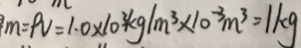
m = P v = 1 . 0 \times 1 0 ^ { 3 } k g / m ^ { 3 } \times 1 0 ^ { - 3 } m ^ { 3 } = 1 k g